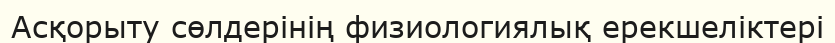
Асқорыту сөлдерінің физиологиялық ерекшеліктері